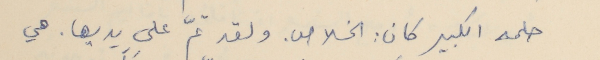
حلمه الكبير كان : الخلاص. ولقد تمّ على يديها. هي